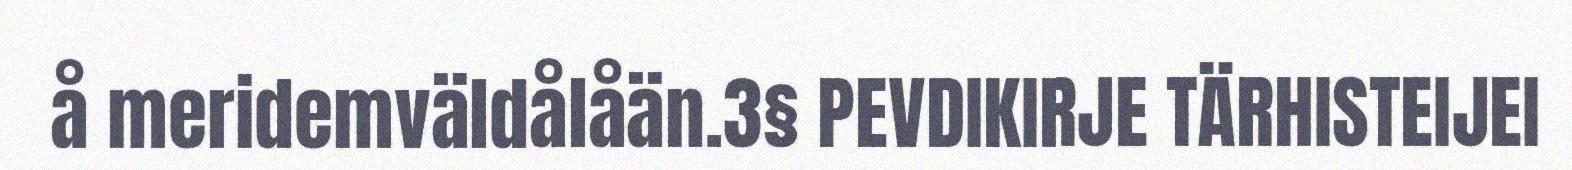
å meridemväldålåän.3§ PEVDIKIRJE TÄRHISTEIJEI